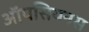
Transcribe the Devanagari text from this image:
ऑपसियनस